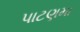
પાટણમા